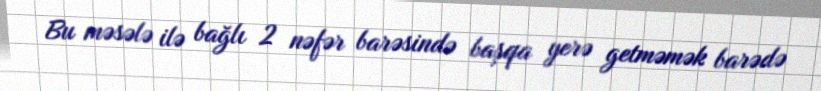
Bu məsələ ilə bağlı 2 nəfər barəsində başqa yerə getməmək barədə